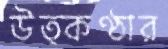
উত্কণ্ঠার